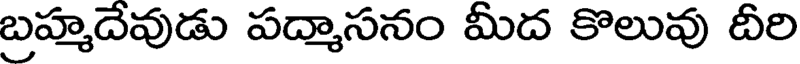
బ్రహ్మదేవుడు పద్మాసనం మీద కొలువు దీరి